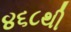
૪૬૮થી